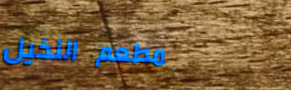
مطعم النخيل